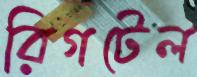
রিগটেল